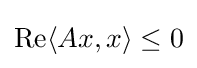
{\rm {Re}}\langle Ax,x\rangle \leq 0